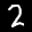
Label: 2